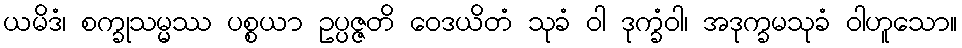
ယမိဒံ၊ စက္ခုသမ္မဿ ပစ္စယာ ဥပ္ပဇ္ဇတိ ဝေဒယိတံ သုခံ ဝါ ဒုက္ခံဝါ၊ အဒုက္ခမသုခံ ဝါဟူသော။